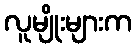
လူမျိုးများက